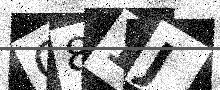
Text: C81J